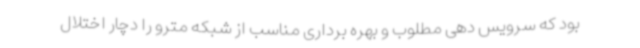
بود که سرویس دهی مطلوب و بهره برداری مناسب از شبکه مترو را دچار اختلال